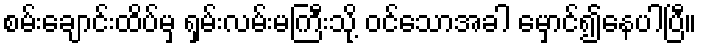
စမ်းချောင်းထိပ်မှ ရှမ်းလမ်းမကြီးသို့ ဝင်သောအခါ မှောင်၍နေပါပြီ။